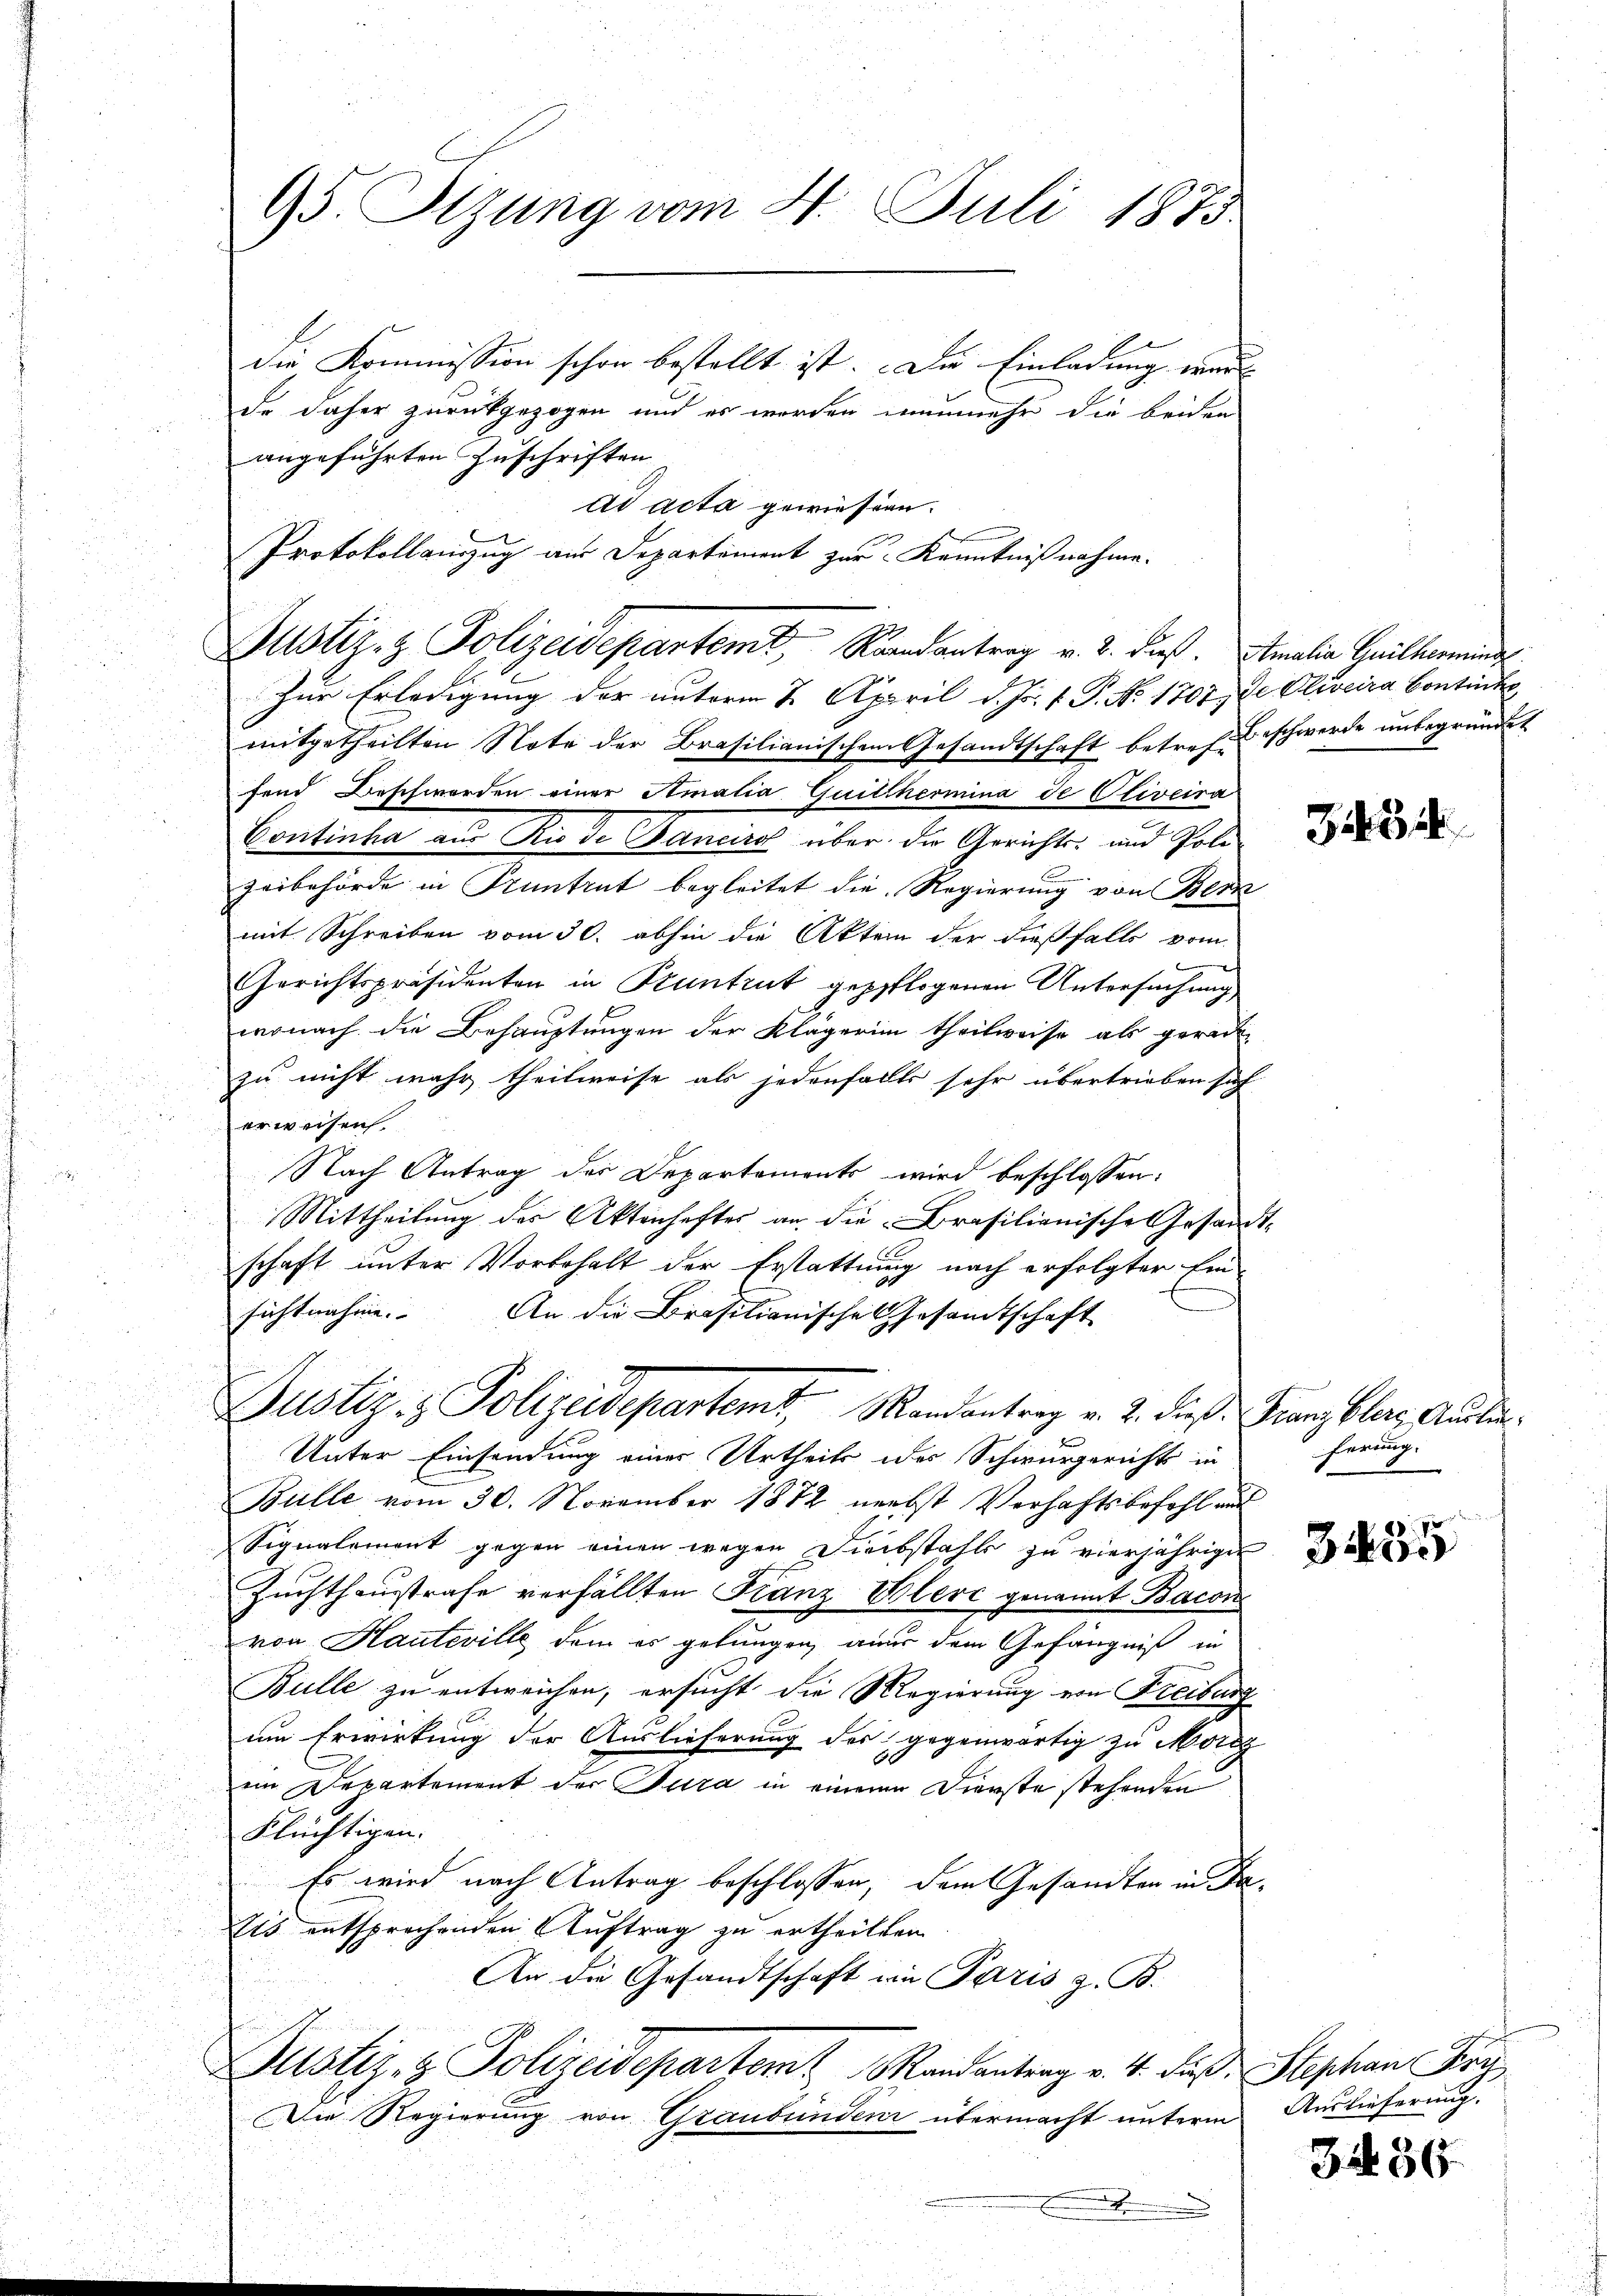
95. Sizung vom 4. Juli 1875

de daher zurückgezogen und es werden nunmehr die beiden
angeführten Zuschriften
Zur Erledigung der unterm 8. April d. Js. v. P. No. 1807 de Clivcira Continh
mitgetheilten Note der Brasilianischen Gesandtschaft betref. Erschwerde unbegründet
fend Beschwerden einer Amatia Quitthermina de Cliveira
Continha aus Rio de Fanciro über die Gerichts- und Poli¬
Zeibehörde in Pruntrut begleitet die Regierung von Bern
mit Schreiben vom 30. abhin die Akten der dießfalls vom
Gerichtspräsidenten in Stuntrut gepflogenen Untersuchung
wonach die Behauptungen der Klägerini theilweise als gerich
zu nicht wahr theilweise als jedenfalls sehr übertrieben sich
erweisen
Nach Antrag der Departements wird beschlossen:
Mittheilung des Aktenhaftes an die Brasilianische Gesandtschaft unter Vorbehalt der Erstattung nach erfolgter Ein-
sichtnahme. An die Brasilianisches Gesamtschaft
Justiz- & Polizeidepartemt. Mandantrag v. 2. daß Franz klare Ausfer
Unter Einsendung einer Urtheils der Schirurgerichts in
Bülle vom 30. November 1872 nebst Verhaftsbefehl und
Signalement gegen einen wegen Diebstahls zu vierjährigen
Zuchthausstrafe verfällten Franz Wlere genannt Bacon
von Hauteville dem es gelungen, aner dem Gefängniß in
Bulle zu entweichen, ersucht die Regierung von Freiburg
um Erwirkung der Auslieferung des gegenwärtig zu Morg
e
im Departement der Jura in einem Dienste stehenden
Flüchtigen.
Es wird nach Antrag beschlossen, dem Gesandten in Fa¬
Eis entsprochenden Auftrag zu ertheilten
An die Gesandtschaft in Paris z. B.
Justiz- & Polizeidepartem Mandantrag v. 4. daß Stephan Fri
Die Regierung von Graubündenz übermacht unterm Auslieferung.
.

die Kommission schon bestellt ist. Die Einladung war

ad acta gewiesern.
Protokollauszug aus Departement zur Kenntnißnahme.
Justiz- & Polizeidepartemt, Randantrag v. 2. dieß. Amalie Heilkund

ZG 4

ferung.

3235

3. 436.